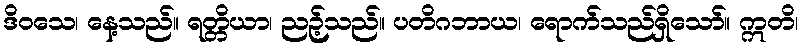
ဒိဝသေ၊ နေ့သည်။ ရတ္တိယာ၊ ညဉ့်သည်။ ပတိဂဘာယ၊ ရောက်သည်ရှိသော်။ ဣတိ၊